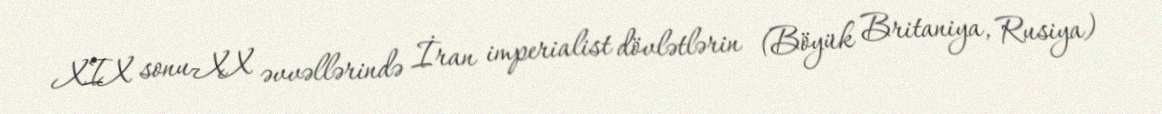
XIX sonu-XX əvvəllərində İran imperialist dövlətlərin (Böyük Britaniya, Rusiya)